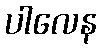
ပါလေန